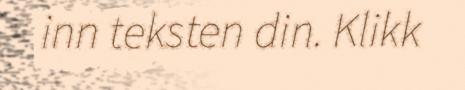
inn teksten din. Klikk